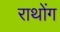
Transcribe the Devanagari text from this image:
राथोंग